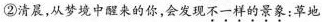
②清晨，从梦境中醒来的你，会发现不一样的景象：草地